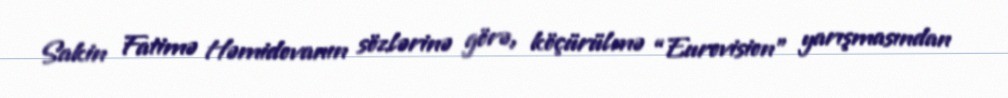
Sakin Fatimə Həmidovanın sözlərinə görə, köçürülmə “Eurovision” yarışmasından